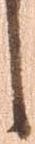
し